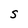
Character: s